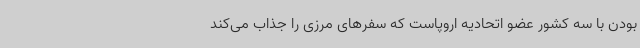
بودن با سه کشور عضو اتحادیه اروپاست که سفرهای مرزی را جذاب می‌کند